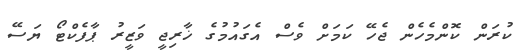
ކުރަން ކޮންމެހެން ޖެހޭ ކަމަށް ވެސް އެގައުމުގެ ޚާރިޖީ ވަޒީރު ޕާފެކްޓޯ ޔަސޭ